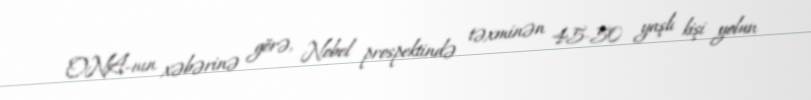
ONA-nın xəbərinə görə, Nobel prospektində təxminən 45-50 yaşlı kişi yolun